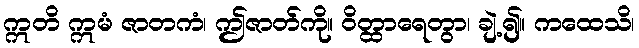
ဣတိ ဣမံ ဇာတကံ၊ ဤဇာတ်ကို။ ဝိတ္ထာရေတွာ၊ ချဲ့၍။ ကထေသိ၊